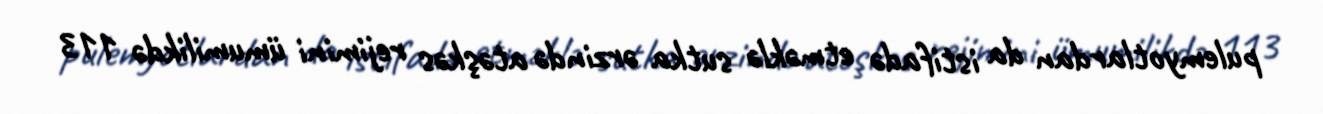
pulemyotlardan da istifadə etməklə sutka ərzində atəşkəs rejimini ümumilikdə 113